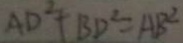
A D ^ { 2 } + B D ^ { 2 } = A B ^ { 2 }